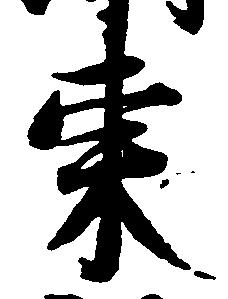
東